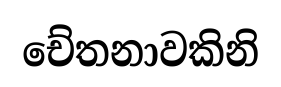
චේතනාවකිනි